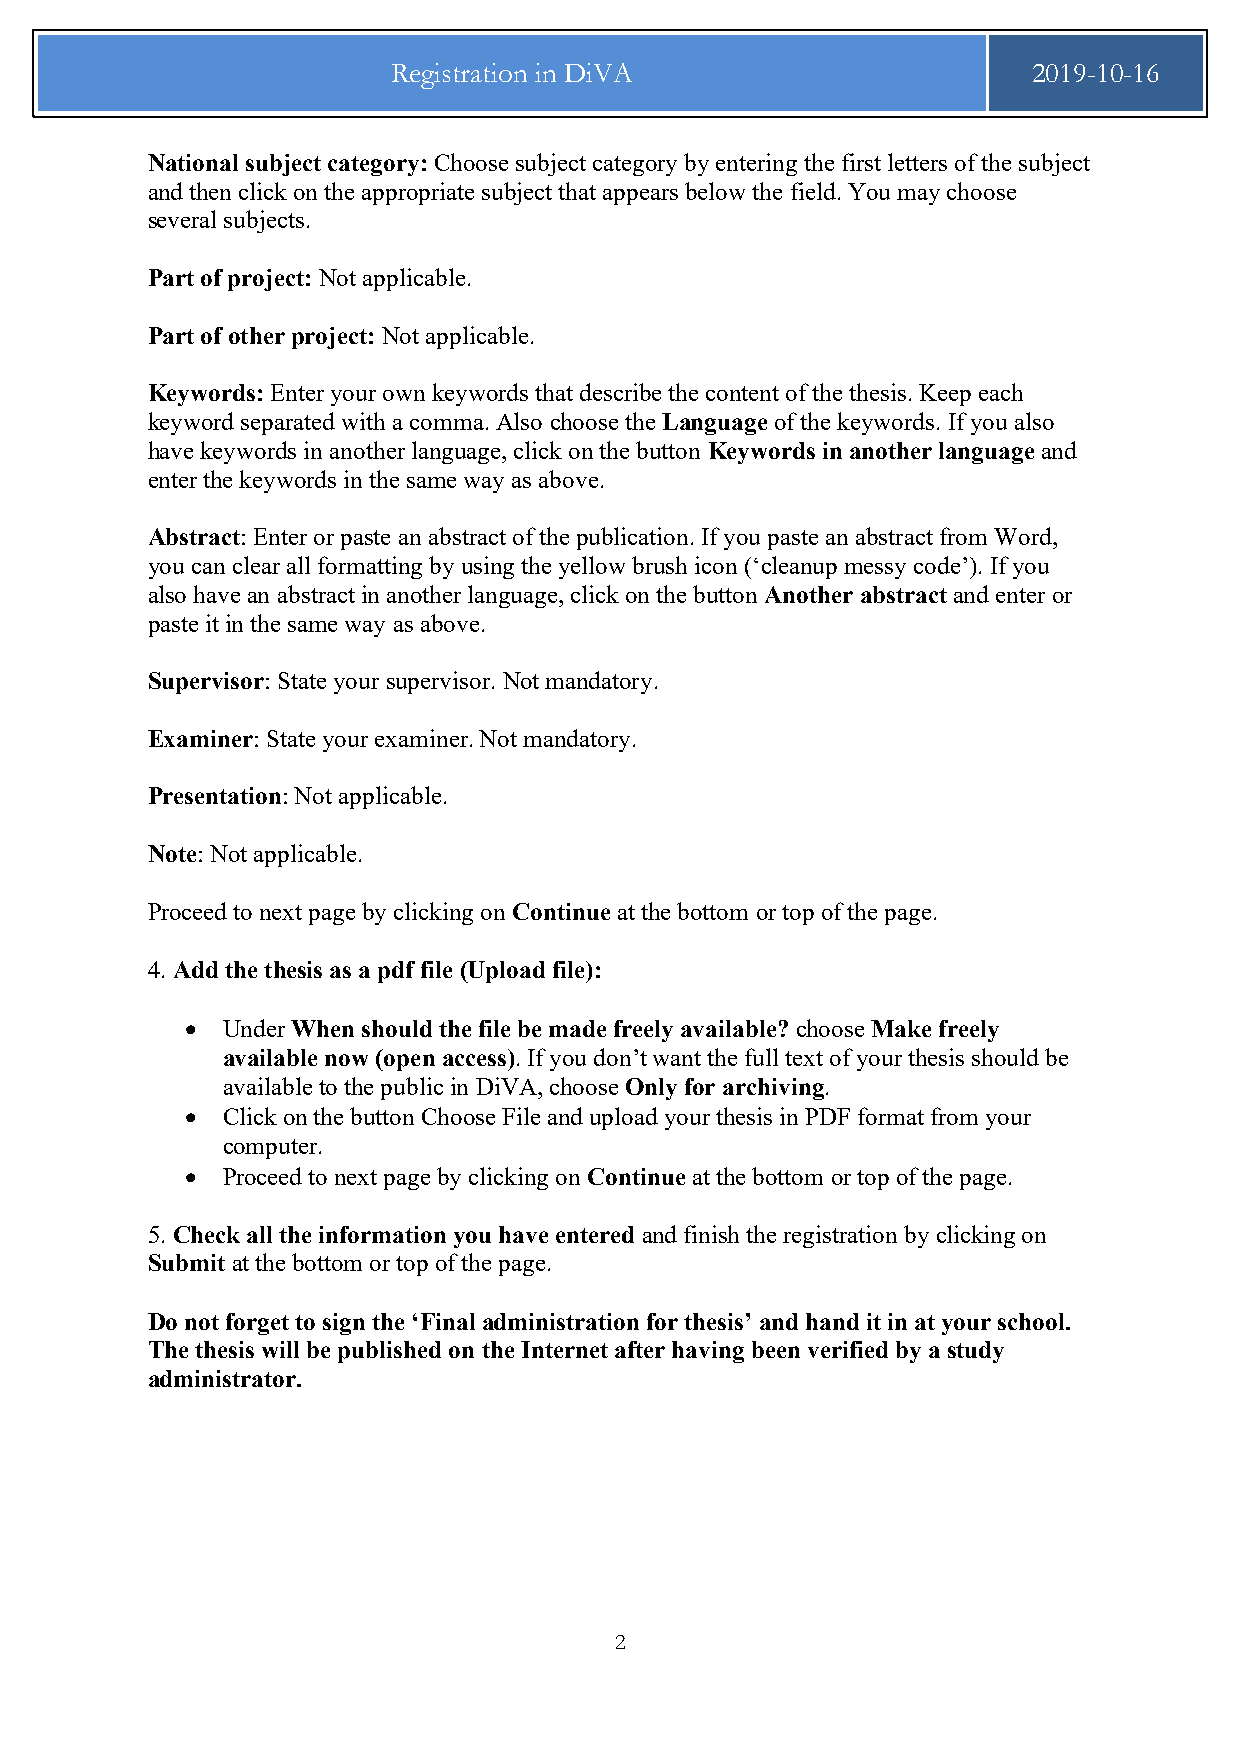
Registration in DiVA                      2019-10-16
 National subject category: Choose subject category by entering the first letters of the subject
 and then click on the appropriate subject that appears below the field. You may choose
 several subjects.
 Part of project: Not applicable.
 Part of other project: Not applicable.
 Keywords: Enter your own keywords that describe the content of the thesis. Keep each
 keyword separated with a comma. Also choose the Language of the keywords. If you also
 have keywords in another language, click on the button Keywords in another language and
 enter the keywords in the same way as above.
 Abstract: Enter or paste an abstract of the publication. If you paste an abstract from Word,
 you can clear all formatting by using the yellow brush icon (‘cleanup messy code’). If you
 also have an abstract in another language, click on the button Another abstract and enter or
 paste it in the same way as above.
 Supervisor: State your supervisor. Not mandatory.
 Examiner: State your examiner. Not mandatory.
 Presentation: Not applicable.
 Note: Not applicable.
 Proceed to next page by clicking on Continue at the bottom or top of the page.
 4. Add the thesis as a pdf file (Upload file):
 •  Under When should the file be made freely available? choose Make freely
 available now (open access). If you don’t want the full text of your thesis should be
 available to the public in DiVA, choose Only for archiving.
 •  Click on the button Choose File and upload your thesis in PDF format from your
 computer.
 •  Proceed to next page by clicking on Continue at the bottom or top of the page.
 5. Check all the information you have entered and finish the registration by clicking on
 Submit at the bottom or top of the page.
 Do not forget to sign the ‘Final administration for thesis’ and hand it in at your school.
 The thesis will be published on the Internet after having been verified by a study
 administrator.
 2